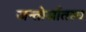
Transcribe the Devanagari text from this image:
जन्तोर्जातस्य